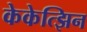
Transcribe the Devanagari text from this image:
केकेत्झिन